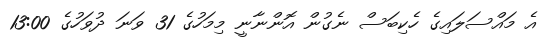
އެ މައްސަލައިގެ ހެކިބަސް ނެގުން އޮންނާނީ މިމަހުގެ 31 ވަނަ ދުވަހުގެ 13:00